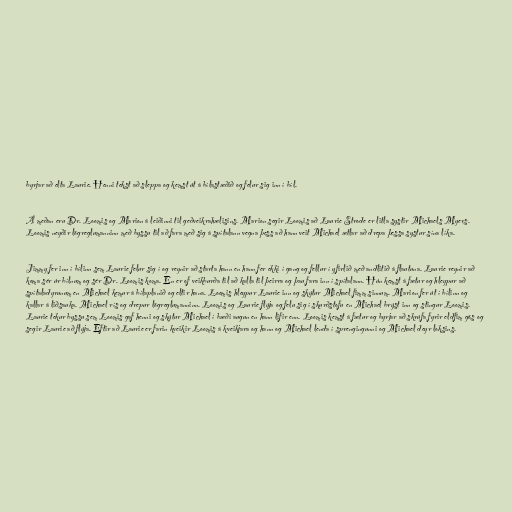
byrjar að elta Laurie. Henni tekst að sleppa og kemst út á bílastæðið og felur sig inn í bíl.

Á meðan eru Dr. Loomis og Marion á leiðinni til geðveikrahælisins. Marion segir Loomis að Laurie Strode er litla systir Michaels Myers.
Loomis neyðir lögreglumanninn með byssu til að fara með sig á spítalann vegna þess að hann veit Michael ætlar að drepa þessa systur sína líka.

Jimmy fer inn í bílinn sem Laurie felur sig í og reynir að starta hann en hann fer ekki í gang og fellur í yfirlið með andlitið á flautuna. Laurie reynir að
koma sér úr bílnum og sér Dr. Loomis koma. En er of veikburða til að kalla til þeirra og þau fara inn í spítalann. Hún kemst á fætur og hleypur að
spítaladyrunum en Michael kemur á bílaplanið og eltir hana. Loomis hleypur Laurie inn og skýtur Michael fimm sinnum. Marion fer út í bílinn og
kallar á liðsauka. Michael rís og drepur lögreglumanninn. Loomis og Laurie flýja og felu sig í skurðstofu en Michael brýst inn og stingur Loomis.
Laurie tekur byssu sem Loomis gaf henni og skýtur Michael í bæði augun en hann lifir enn. Loomis kemst á fætur og byrjar að skrúfa fyrir eldfim gös og
segir Laurie að flýja. Eftir að Laurie er farin kveikir Loomis á kveikjara og hann og Michael lenda í sprengingunni og Michael deyr loksins.